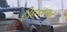
દીવસવાર